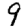
Digit: 9